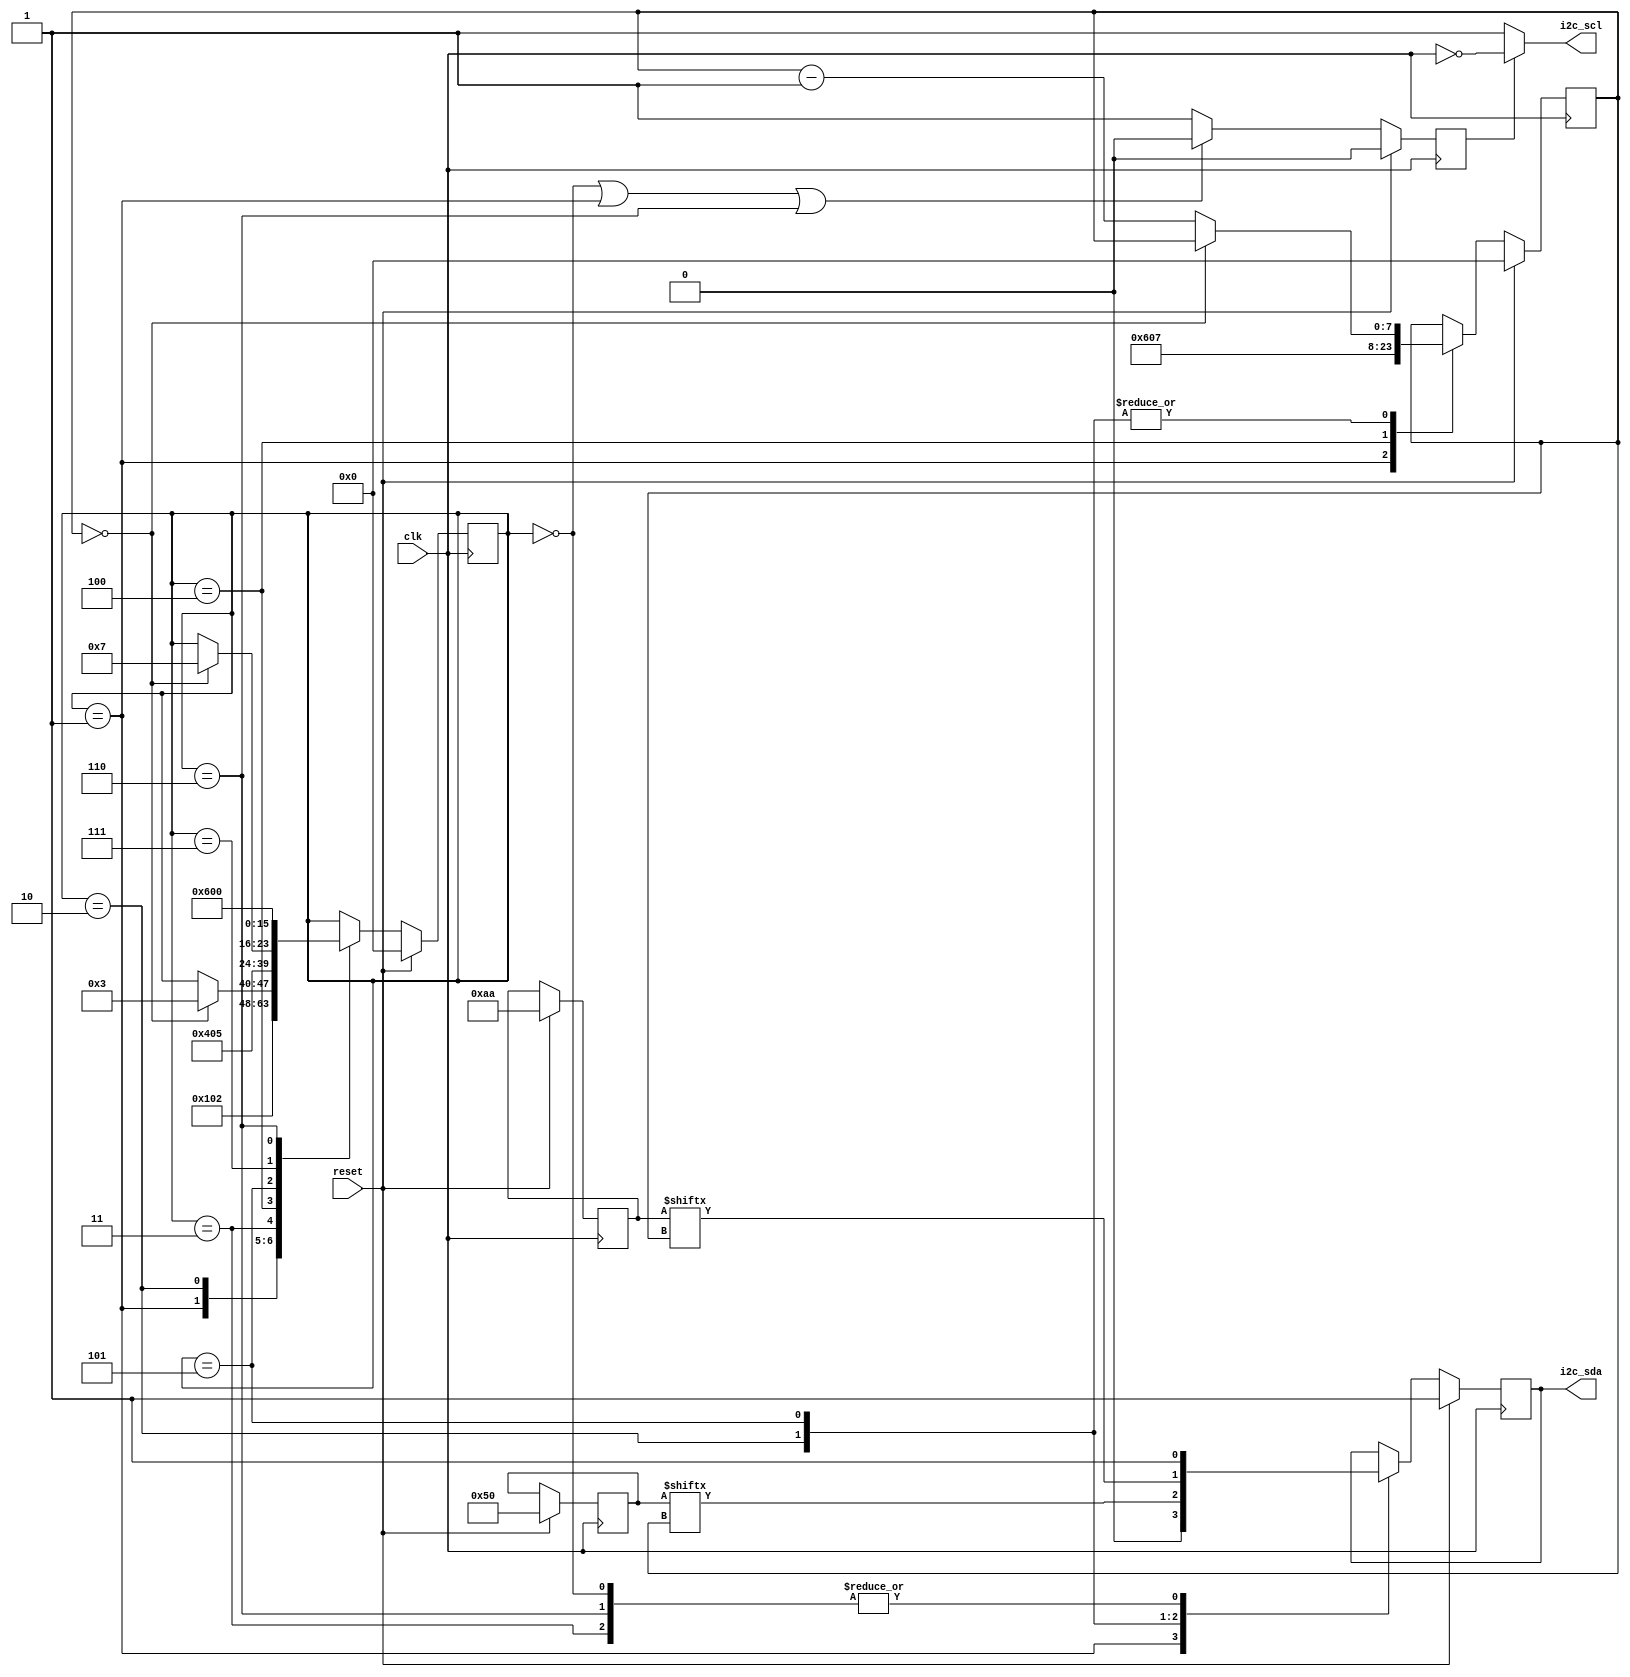
`timescale 1ns / 1ps
//////////////////////////////////////////////////////////////////////////////////
// Company: 
// Engineer: 
// 
// Design Name: 
// Module Name: step2
// Project Name: 
// Target Devices: 
// Tool Versions: 
// Description: 
// 
// Dependencies: 
// 
// Revision:
// Revision 0.01 - File Created
// Additional Comments:
// 
//////////////////////////////////////////////////////////////////////////////////

//step 2 is for timing issues and how to derive the clk


module step2(
    input wire clk,
    input wire reset,
    output reg i2c_sda,
    output wire i2c_scl
    );
    // need to define local parameters
    localparam STATE_IDLE = 0;
    localparam STATE_START =1;
    localparam STATE_ADDR =2;
    localparam STATE_RW = 3;
    localparam STATE_WACK = 4;
    localparam STATE_DATA =5;
    localparam STATE_STOP = 6;
    localparam STATE_WACK2 = 7;
    // goal is to write to device address 0x50,0xaa
    //state machine is used 
    reg [7:0] state;// state machine shld have a state 
    reg [6:0] addr; // to keep easy track of state and data as it was getting difficult
    reg [7:0] count;
    reg [7:0] data;
    reg i2c_scl_enable =0;//enable for scl
    //
    assign i2c_scl = (i2c_scl_enable ==0)?1: ~clk;
    
    // add another always block
    always @(negedge clk) begin 
        if (reset == 1) begin
            i2c_scl_enable <= 0;
        end
        else begin 
            if ((state == STATE_IDLE)||(state == STATE_START)||(state==STATE_STOP)) begin
                i2c_scl_enable <= 0;
            end
            else begin
                i2c_scl_enable <= 1;
            end
        end
    end
    // you dont use delays in synthesizable code 
    // the above always block defines the clk signle for i2c
    always @(posedge clk) begin 
        if (reset == 1) begin
            state <=0; //non blocking used for simpler logic level
            i2c_sda <=1; //initializing values in reset mode
            //i2c_scl <=1;(this statement becomes an error once the type of scl is changes to wire)
            addr <= 7'h50;
            count <= 8'd0;
            data<=8'haa;
        end
        else begin 
            case (state)
                STATE_IDLE: begin //idle state
                    i2c_sda <=1; // idle state me sda 1 
                    state <=STATE_START ; //idle state ke baad state will go to one
                end
                STATE_START : begin // start state
                    i2c_sda <=0;
                    state <=STATE_ADDR; 
                    count <= 6;
                end
                STATE_ADDR : begin // well start sending the address 
                    //start with the 1st bit(most significant)
                    //i2c_sda <=0; //data was 0x50
                    //state <=3;
                    //improved version 
                    i2c_sda <= addr[count];
                    if (count ==0) state<=STATE_RW;
                    else count <= count-1;
                end
                
               // 3 :begin // 2nd msb bit
                //    i2c_sda <=1; //data was 0x50
                //    state <=4;
                //end
                //4 : begin
                  //  i2c_sda <=0; // 0x50 = 01010000
                   // state <=5; 
                //end 
                STATE_RW : begin
                    i2c_sda <= 1;
                    state <= STATE_WACK;
                end
                STATE_WACK : begin
                    // issue sda output me hai and output se read ni ho skta to it will create an issue
                    //just put state holder for time being
                    state <= STATE_DATA;
                    count <=7;
                end
                STATE_DATA :begin
                    i2c_sda <= data[count];
                    if (count == 0) state <= STATE_WACK2;//STATE_WACK;(creates infinite loop so declare 2wack)
                    else count <= count-1;   
                end
                STATE_WACK2 :begin
                    state<=STATE_STOP;
                end
                STATE_STOP :begin
                    i2c_sda<=1;
                    state<=STATE_IDLE;
                end
            endcase
        end 
    end
endmodule